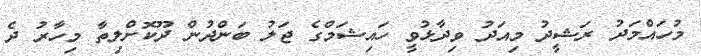
މުހައްމަދު ރަޝީދު މިއަދު ވިދާޅުވީ ހައިޝަމްގެ ޖަލު ބަންދުން ދޫކޮށްލިތާ މިހާރު ދެ